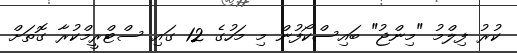
ކުރު ފިލްމު "މިންޖު" ބައިސްކޯފުން މި މަހުގެ 12 ގައި ސްޓްރީމްކުރާ ގޮތަށް